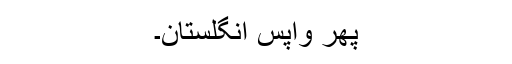
پھر واپس انگلستان۔